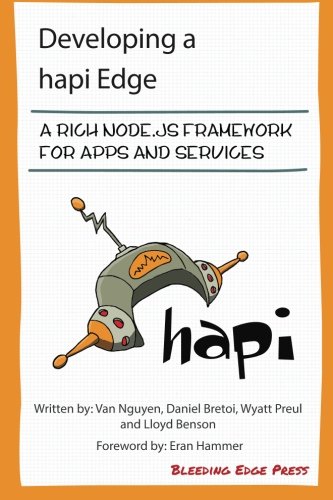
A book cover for Developing  a hapi Edge: A rich Node.js framework for apps and services; Van Nguyen; Computers & Technology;